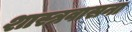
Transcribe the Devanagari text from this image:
शास्त्रवासना